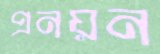
প্রনয়ন